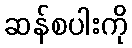
ဆန်စပါးကို